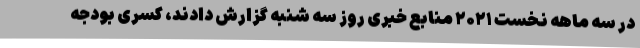
در سه ماهه نخست ۲۰۲۱ منابع خبری روز سه شنبه گزارش دادند، کسری بودجه